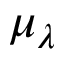
\mu _ { \lambda }